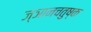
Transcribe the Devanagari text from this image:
ज्ञानचतुष्क